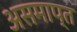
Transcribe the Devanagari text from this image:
असमाप्त